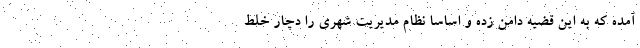
آمده که به این قضیه دامن زده و اساسا نظام مدیریت شهری را دچار خلط